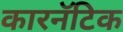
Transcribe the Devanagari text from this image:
कारनॅटिक